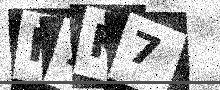
Text: H1K7